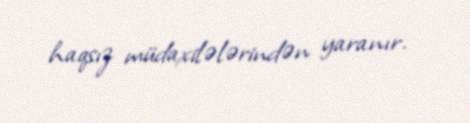
haqsız müdaxilələrindən yaranır.